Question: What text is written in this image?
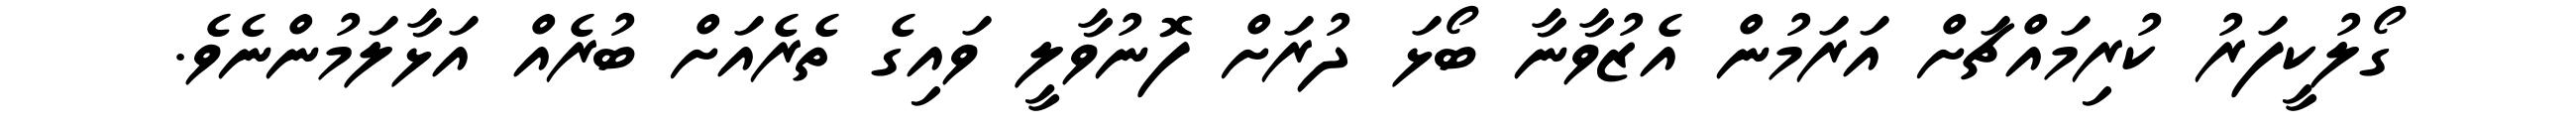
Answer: ގޯލުކީފަރު ކުރިމައްޗަށް އަރަމުން އެޒުވާނާ ބޯޅަ ދުރަށް ފޮނުވާލީ ވައިގެ ތެރެއަށް ބުރެއް އަޅާލަމުންނެވެ.